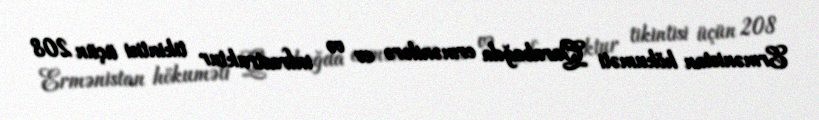
Ermənistan hökuməti Qarabağda ermənilərə ev və infrastruktur tikintisi üçün 208